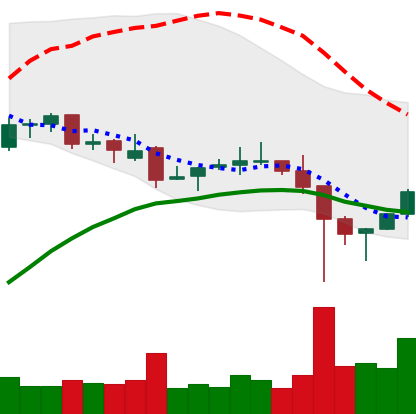
Ticker: LINK-USD
Chart end date: 2021-12-08
Forward return: -22.33%
Label: down_7plus